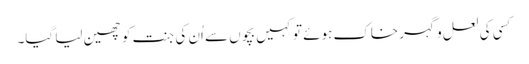
کسی کی لعل و گہر خاک ہوئے تو کہیں بچوں سے اُن کی جنت کو چھین لیا گیا۔